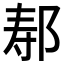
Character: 𫜷